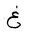
Letter: _gayn